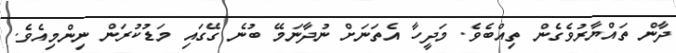
ދާން ތައްޔާރުވެގެން ތިއްބެވެ. މަދީހާ އެތަނަށް ނުދާނަމޭ ބުނެ ގޭގައި މަޑުކުރަން ނިންމިއެވެ.